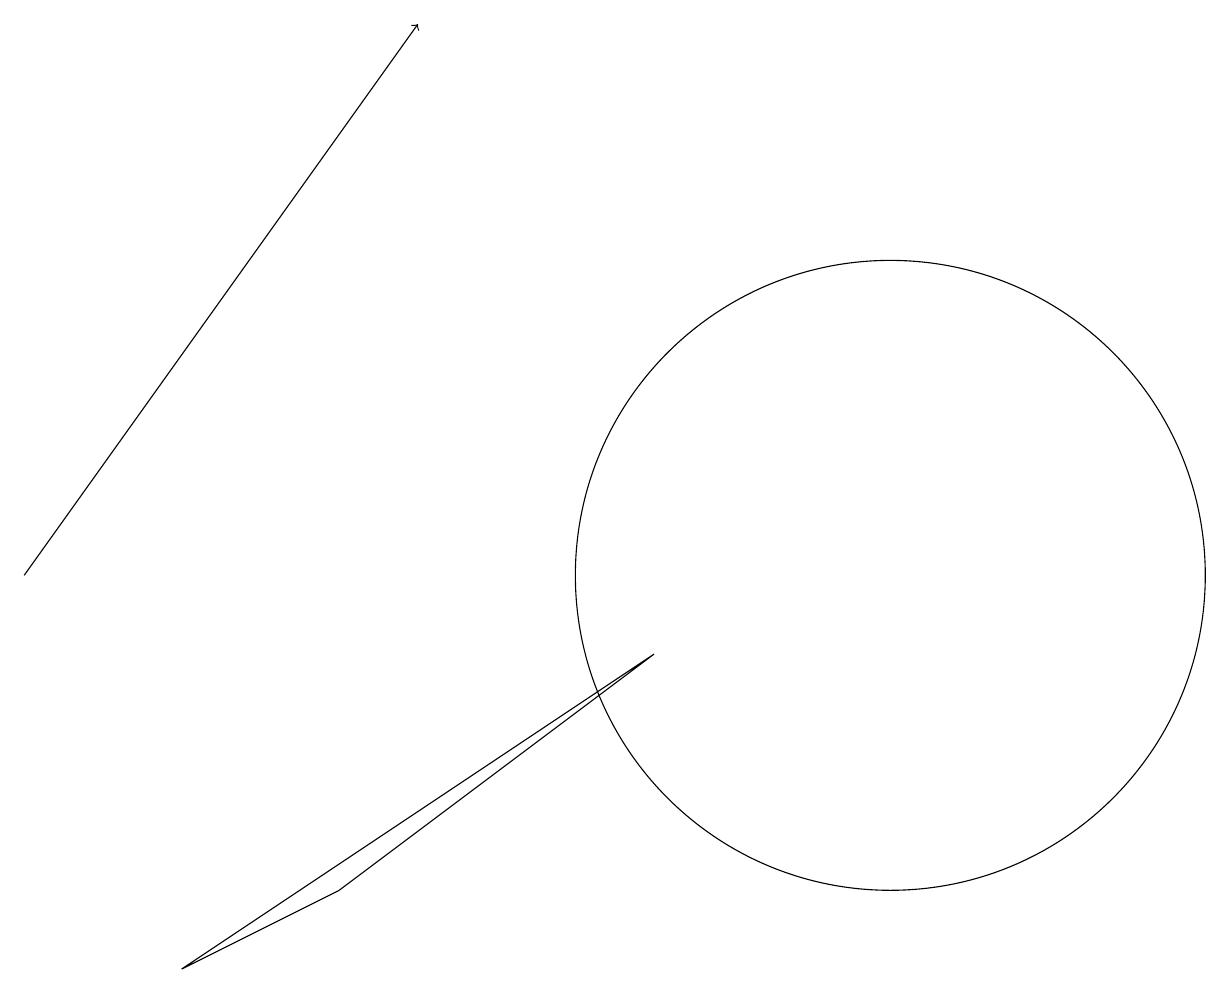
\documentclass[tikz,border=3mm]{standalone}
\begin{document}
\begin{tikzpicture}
\draw (5,6) -- (3,5) -- (9,9) -- cycle;
\draw[->] (1,10) -- (6,17);
\draw (12,10) circle (4);
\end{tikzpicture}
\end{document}